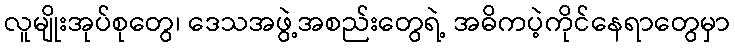
လူမျိုးအုပ်စုတွေ၊ ဒေသအဖွဲ့အစည်းတွေရဲ့ အဓိကပဲ့ကိုင်နေရာတွေမှာ